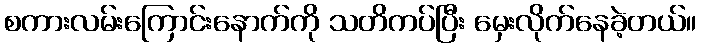
စကားလမ်းကြောင်းနောက်ကို သတိကပ်ပြီး မှေးလိုက်နေခဲ့တယ်။